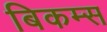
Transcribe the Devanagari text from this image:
बिकम्स